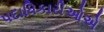
પદાધિકારીઓએ